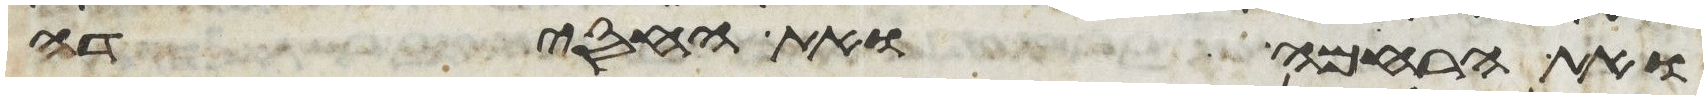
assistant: ואת הרחמה ואת החסידה